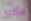
لاأدري